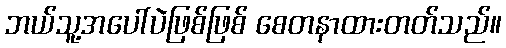
ဘယ်သူ့အပေါ်ပဲဖြစ်ဖြစ် စေတနာထားတတ်သည်။